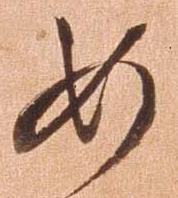
如